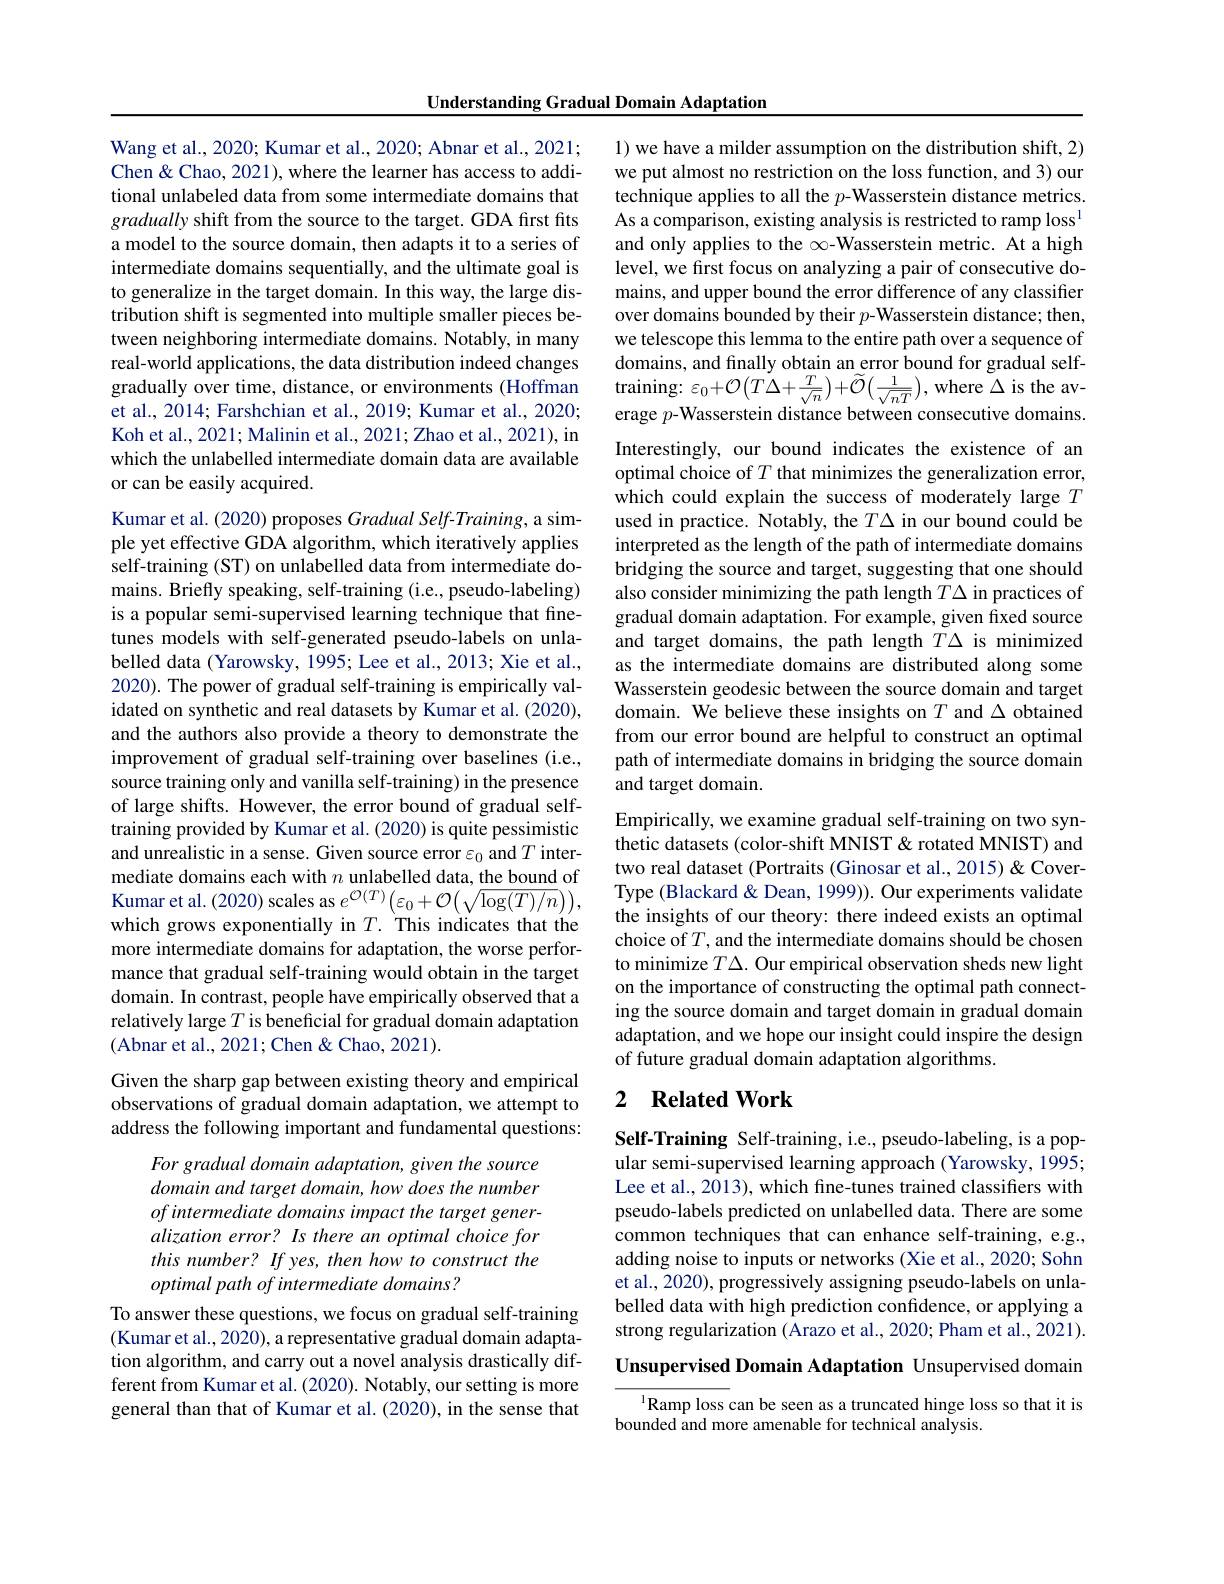
Understanding Gradual Domain Adaptation

Wang et al., 2020; Kumar et al., 2020; Abnar et al., 2021; Chen& Chao, 2021), where the learner has access to additional unlabeled data from some intermediate domains that gradually shift from the source to the target. GDA first fits a model to the source domain, then adapts it to a series of intermediate domains sequentially, and the ultimate goal is to generalize in the target domain. In this way, the large distribution shift is segmented into multiple smaller pieces between neighboring intermediate domains. Notably, in many real-world applications, the data distribution indeed changes gradually over time, distance, or environments (Hoffman et al., 2014; Farshchian et al., 2019; Kumar et al., 2020; Koh et al., 2021; Malinin et al., 2021; Zhao et al., 2021), in which the unlabelled intermediate domain data are available or can be easily acquired.

Kumar et al. (2020) proposes Gradual Self-Training, a simple yet effective GDA algorithm, which iteratively applies self-training (ST) on unlabelled data from intermediate domains. Briefly speaking, self-training (i.e., pseudo-labeling) is a popular semi-supervised learning technique that finetunes models with self-generated pseudo-labels on unlabelled data (Yarowsky, 1995; Lee et al., 2013; Xie et al., 2020). The power of gradual self-training is empirically validated on synthetic and real datasets by Kumar et al. (2020), and the authors also provide a theory to demonstrate the improvement of gradual self-training over baselines (i.e., source training only and vanilla self-training) in the presence of large shifts. However, the error bound of gradual selftraining provided by Kumar et al. (2020) is quite pessimistic and unrealistic in a sense. Given source error $\varepsilon_0$ and $T$ intermediate domains each with $n$ unlabelled data, the bound of Kumar et al. (2020) scales as $e^{\mathcal{O}(T)}\left(\varepsilon_0+\mathcal{O}\big(\sqrt{\log(T)/n}\big)\big),\:\right.$ which grows exponentially in $T.$ This indicates that the more intermediate domains for adaptation, the worse performance that gradual self-training would obtain in the target domain. In contrast, people have empirically observed that a relatively large $T$ is beneficial for gradual domain adaptation (Abnar et al., 2021; Chen & Chao, 2021).
Given the sharp gap between existing theory and empirical observations of gradual domain adaptation, we attempt to

address the following important and fundamental questions:

For gradual domain adaptation, given the source domain and target domain, how does the number ofintermediate domains impact the target generalization error? Is there an optimal choice for this number? If yes, then how to construct the optimal path of intermediate domains?

To answer these questions, we focus on gradual self-training (Kumar et al., 2020), a representative gradual domain adaptation algorithm, and carry out a novel analysis drastically different from Kumar et al. (2020). Notably, our setting is more general than that of Kumar et al. (2020), in the sense that

1) we have a milder assumption on the distribution shift, 2) we put almost no restriction on the loss function, and 3) our technique applies to all the $p$-Wasserstein distance metrics. As a comparison, existing analysis is restricted to ramp loss and only applies to the $\infty$-Wasserstein metric. At a high level, we first focus on analyzing a pair of consecutive domains, and upper bound the error difference of any classifier over domains bounded by their $p$-Wasserstein distance; then, we telescope this lemma to the entire path over a sequence of domains, and fınally obtain an error bound for gradual selftraining: $\varepsilon_0+\mathcal{O}\left(T\Delta+\frac{T}{\sqrt{n}}\right)+\widetilde{\mathcal{O}}\left(\frac{1}{\sqrt{nT}}\right)$, where $\Delta$ is the average $p$-Wasserstein distance between consecutive domains Interestingly, our bound indicates the existence of an optimal choice of $T$ that minimizes the generalization error, which could explain the success of moderately large $T$ used in practice. Notably, the $T\Delta$ in our bound could be interpreted as the length of the path of intermediate domains bridging the source and target, suggesting that one should also consider minimizing the path length $T\Delta$ in practices of gradual domain adaptation. For example, given fixed source and target domains, the path length $T\Delta$ is minimized as the intermediate domains are distributed along some Wasserstein geodesic between the source domain and target domain. We believe these insights on $T$ and $\Delta$ obtained from our error bound are helpful to construct an optimal path of intermediate domains in bridging the source domain and target domain.
Empirically, we examine gradual self-training on two synthetic datasets (color-shift MNIST & rotated MNIST) and

two real dataset (Portraits (Ginosar et al., 2015) & CoverType (Blackard& Dean, 1999)). Our experiments validate the insights of our theory: there indeed exists an optimal choice of $T$, and the intermediate domains should be chosen to minimize $T\Delta.$ Our empirical observation sheds new light on the importance of constructing the optimal path connecting the source domain and target domain in gradual domain adaptation, and we hope our insight could inspire the design of future gradual domain adaptation algorithms

## 2 $\textbf{Related Work}$

Self-Training Self-training, i.e., pseudo-labeling, is a popular semi-supervised learning approach (Yarowsky, 1995; Lee et al., 2013), which fine-tunes trained classifiers with pseudo-labels predicted on unlabelled data. There are some common techniques that can enhance self-training, e.g., adding noise to inputs or networks (Xie et al., 2020; Sohn et al., 2020), progressively assigning pseudo-labels on unlabelled data with high prediction confidence, or applying a strong regularization (Arazo et al., 2020; Pham et al., 2021).

Unsupervised Domain Adaptation Unsupervised domain

$^{1}$Ramp loss can be seen as a truncated hinge loss so that it is
bounded and more amenable for technical analysis.